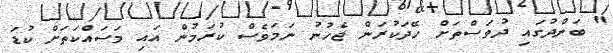
" ބަންދުގައި ދުވަސްތަށް ހޭދަކުރަން ޖެހުނު ނަމަވެސް ކުރަމުން އައި މަސައްކަތަށް ކުޑަ